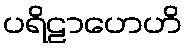
ပရိဠာဟေဟိ